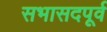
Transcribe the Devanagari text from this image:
सभासदपूर्व